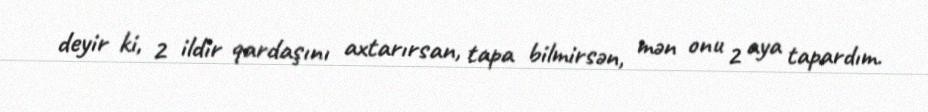
deyir ki, 2 ildir qardaşını axtarırsan, tapa bilmirsən, mən onu 2 aya tapardım.